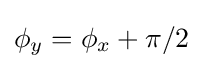
\phi _{y}=\phi _{x}+\pi /2